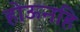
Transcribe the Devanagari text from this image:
होऊनहि